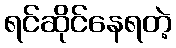
ရင်ဆိုင်နေရတဲ့